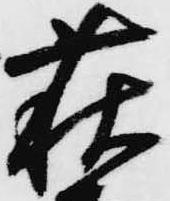
萩